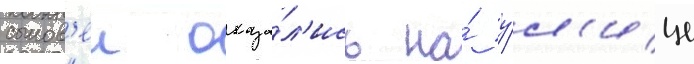
сынов'еи оказа́л'ись на́ у́л'ице